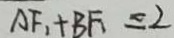
A F _ { 1 } + B F = 2